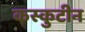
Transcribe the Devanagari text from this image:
कस्कुटीन